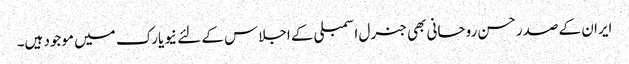
ایران کے صدر حسن روحانی بھی جنرل اسمبلی کے اجلاس کے لئے نیویارک میں موجود ہیں۔